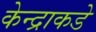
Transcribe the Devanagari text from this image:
केन्द्राकडे